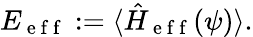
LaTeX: E_{\mathrm{~e~f~f~}}:=\langle\hat{H}_{\mathrm{~e~f~f~}}(\psi)\rangle.